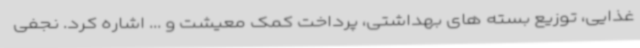
غذایی، توزیع بسته های بهداشتی، پرداخت کمک معیشت و ... اشاره کرد. نجفی